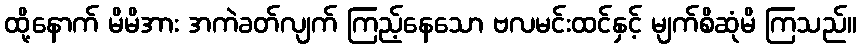
ထို့နောက် မိမိအား အကဲခတ်လျက် ကြည့်နေသော ဗလမင်းထင်နှင့် မျက်စိဆုံမိ ကြသည်။